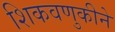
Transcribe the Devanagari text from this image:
शिकवणुकीने